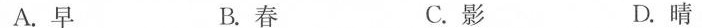
A.早 B.春 C.影 D.晴